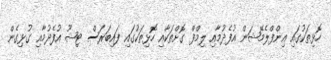
ހޮޅިތަކުގައި އިންފްލެމޭޝަން އުފެދުމާއި ލިމްފް ގޮށްތަކާއި ހޮޅިތަކުގައި ފައިބަރަސް ޓިޝޫ އުފެދުމާއި ގުޅިގެން